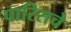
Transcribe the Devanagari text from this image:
पारिसचे